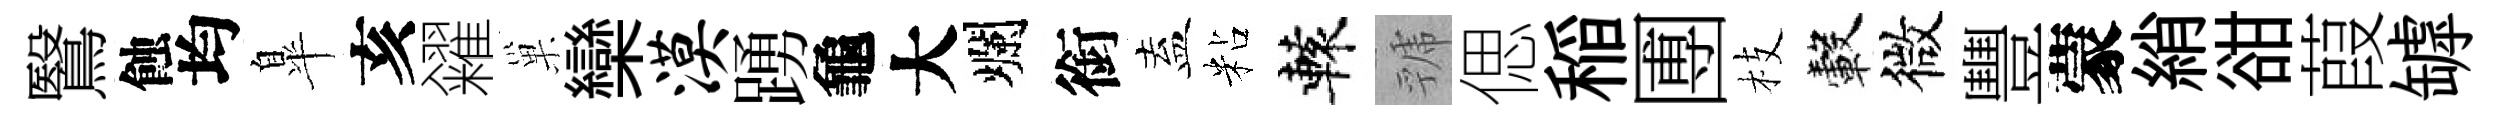
鷖蝕均臯亥糴巢欒漠踴龜大爛銜盍粘轅虢偲稲圑枝轂微豐蒙綃𧮳葭罅